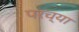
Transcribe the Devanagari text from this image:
परच्या